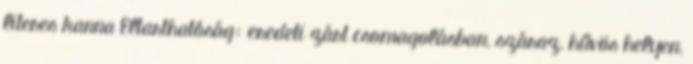
literes kanna Eltarthatóság: eredeti zárt csomagolásban, száraz, hűvös helyen,